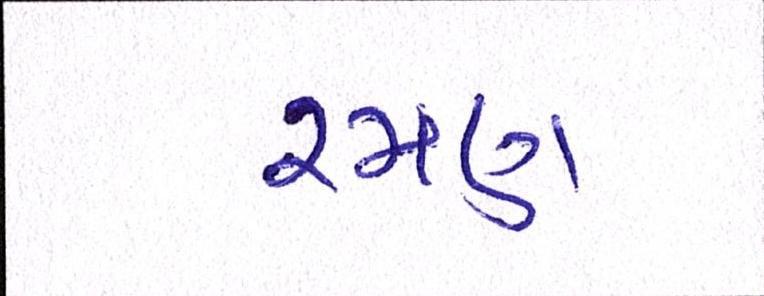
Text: રમણ